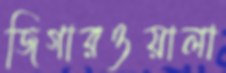
জিগারওয়ালা